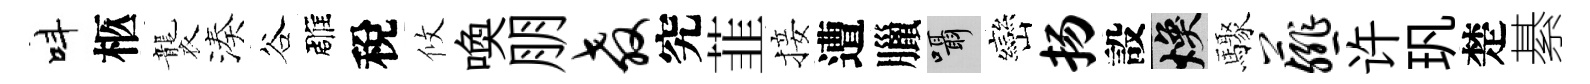
呌柩襲湊谷雕稅攸喚朋教究韮接遭臘囁巒扬設焕驟薤许㺬楚綦